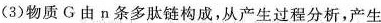
(3)物质G由n条多肽链构成，从产生过程分析，产生